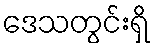
ဒေသတွင်းရှိ